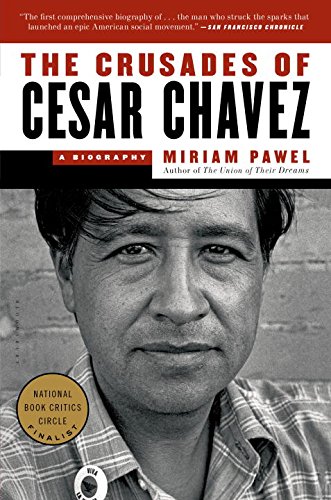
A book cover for The Crusades of Cesar Chavez: A Biography; Miriam Pawel; Business & Money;